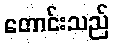
တောင်းသည်